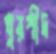
খুরশীদ